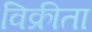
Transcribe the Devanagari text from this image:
विक्रीता